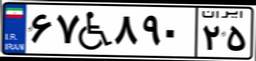
۶۷W۸۹۰۲۵